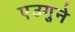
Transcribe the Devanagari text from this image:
एउगुने